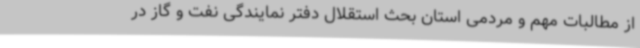
از مطالبات مهم و مردمی استان بحث استقلال دفتر نمایندگی نفت و گاز در